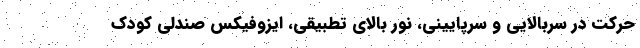
حرکت در سربالایی و سرپایینی، نور بالای تطبیقی، ایزوفیکس صندلی کودک